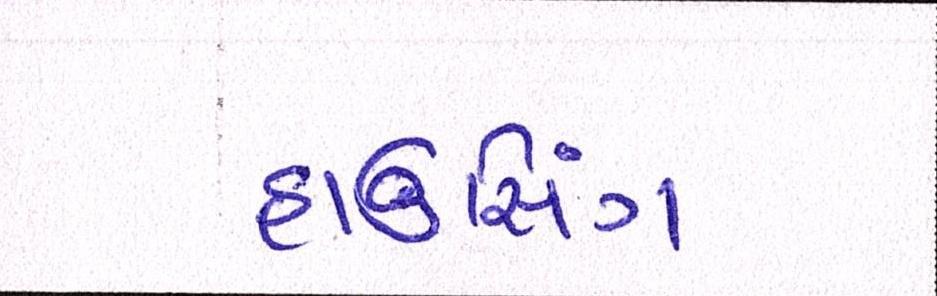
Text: હાઉસિંગ